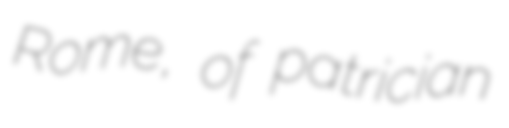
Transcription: Rome, of patrician